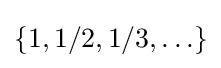
\{1,1/2,1/3,\ldots \}